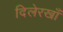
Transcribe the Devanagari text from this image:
दिलेरखाँ